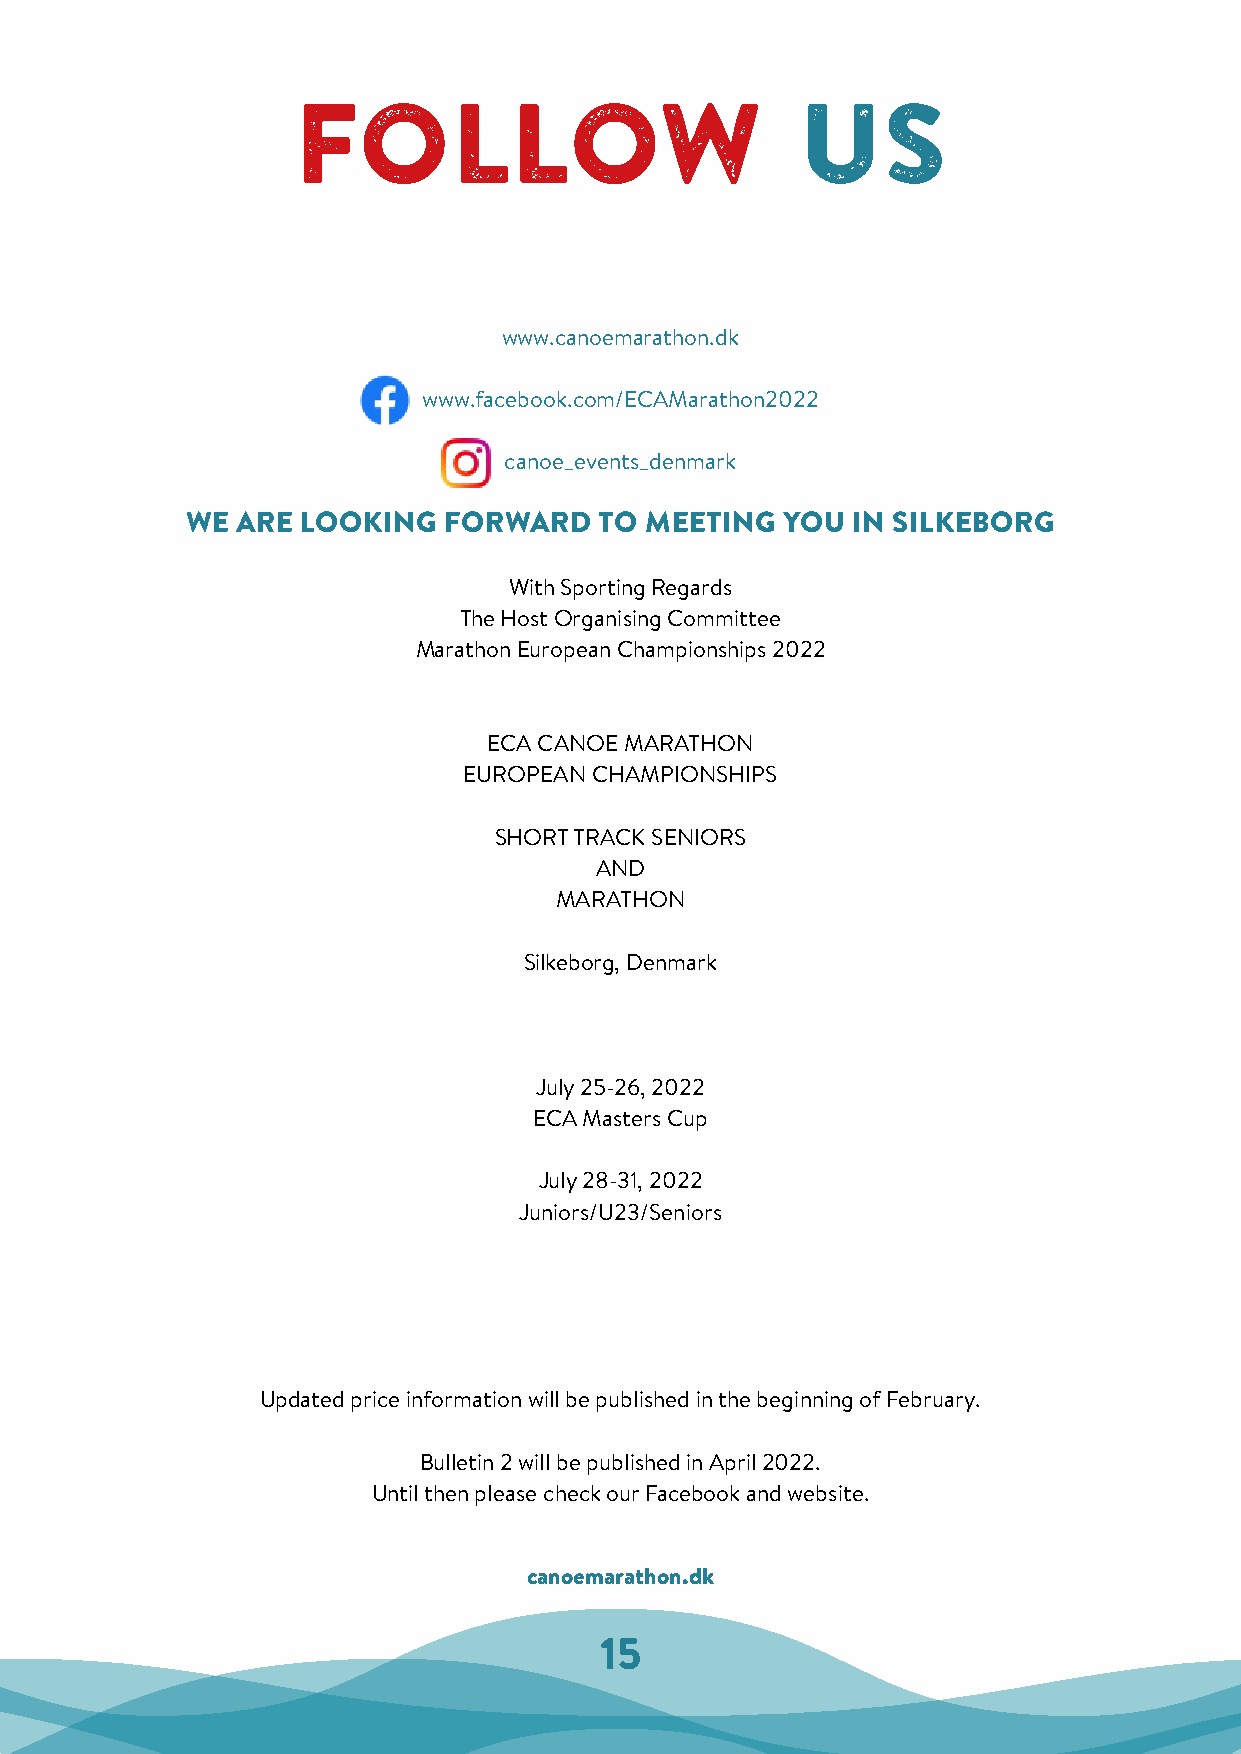
FOLLOW                            US
 www.canoemarathon.dk
 www.facebook.com/ECAMarathon2022
 canoe_events_denmark
 WE  ARE LOOKING  FORWARD    TO MEETING  YOU IN SILKEBORG
 With Sporting Regards
 The Host Organising Committee
 Marathon European Championships 2022
 ECA CANOE MARATHON
 EUROPEAN CHAMPIONSHIPS
 SHORT TRACK SENIORS
 AND
 MARATHON
 Silkeborg, Denmark
 July 25-26, 2022
 ECA Masters Cup
 July 28-31, 2022
 Juniors/U23/Seniors
 Updated price information will be published in the beginning of February.
 Bulletin 2 will be published in April 2022.
 Until then please check our Facebook and website.
 canoemarathon.dk
 15